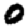
Digit: 0